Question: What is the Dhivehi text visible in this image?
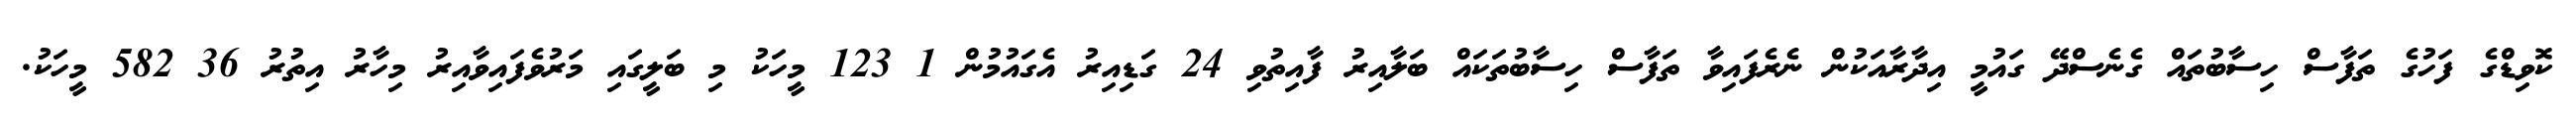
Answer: ކޮވިޑްގެ ފަހުގެ ތަފާސް ހިސާބުތައް ގެނެސްދޭ ގައުމީ އިދާރާއަކުން ނެރެފައިވާ ތަފާސް ހިސާބުތަކައް ބަލާއިރު ފާއިތުވި 24 ގަޑިއިރު އެގައުމުން 1 123 މީހަކު މި ބަލީގައި މަރުވެފައިވާއިރު މިހާރު އިތުރު 36 582 މީހަކު.